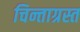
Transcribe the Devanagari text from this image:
चिन्ताग्रस्त